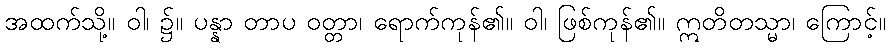
အထက်သို့။ ဝါ၊ ၌။ ပန္နာ တာပ ဝတ္တာ၊ ရောက်ကုန်၏။ ဝါ၊ ဖြစ်ကုန်၏။ ဣတိတသ္မာ၊ ကြောင့်။